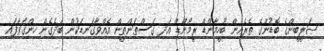
ޞަލީބީންގެ ބޮޑުންގެ ތެރެއިން ބޫހީމާންޑް ރީމޯންޑް އަދި ގަސްޠަންޠީން އެއްވާގަނޑަކުން ބަދެގެން ހިންގަވާފައި